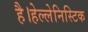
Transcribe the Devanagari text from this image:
है।हेल्लेनिस्टिक